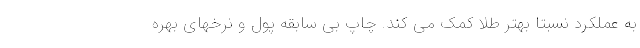
به عملکرد نسبتا بهتر طلا کمک می کند. چاپ بی سابقه پول و نرخهای بهره